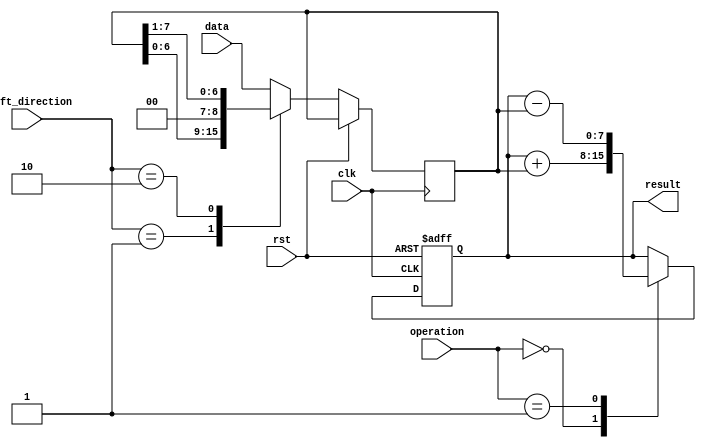
module BarrelShifter (
    input clk,
    input rst,
    input [7:0] data,
    input [1:0] shift_direction, // 2'b00 for no shift, 2'b01 for left shift, 2'b10 for right shift
    input [2:0] operation, // 3'b000 for addition, 3'b001 for subtraction, etc.
    output reg [7:0] result
);

reg [7:0] temp;

always @(posedge clk or posedge rst) begin
    if (rst) begin
        result <= 8'b0;
    end else begin
        temp <= data;
        
        case(shift_direction)
            2'b01: temp <= temp << 1; // left shift
            2'b10: temp <= temp >> 1; // right shift
        endcase
        
        case(operation)
            3'b000: result <= result + temp; // addition
            3'b001: result <= result - temp; // subtraction
            // add more cases for other arithmetic operations
        endcase
    end
end

endmodule